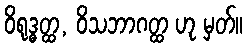
ဝိရုဒ္ဓတ္ထ, ဝိသဘာဂတ္ထ ဟု မှတ်။